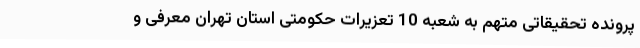
پرونده تحقیقاتی متهم به شعبه 10 تعزیرات حکومتی استان تهران معرفی و